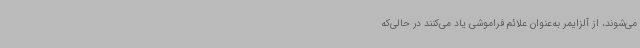
می‌شوند، از آلزایمر به‌عنوان علائم فراموشی یاد می‌کنند در حالی‌که